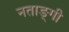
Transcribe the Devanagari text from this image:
नताङ्गी